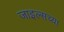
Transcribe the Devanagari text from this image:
जाइल्सच्या